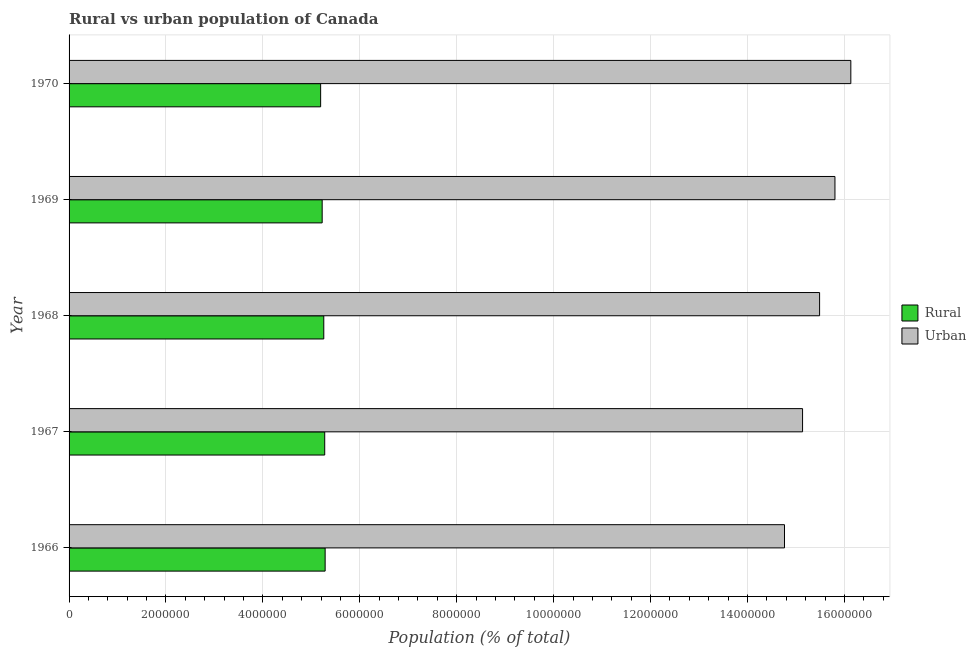
| Year | Rural | Urban |
 | --- | --- | --- |
 | 1966 | 5.28e+06 | 1.48e+07 |
 | 1967 | 5.28e+06 | 1.51e+07 |
 | 1968 | 5.26e+06 | 1.55e+07 |
 | 1969 | 5.22e+06 | 1.58e+07 |
 | 1970 | 5.19e+06 | 1.61e+07 |